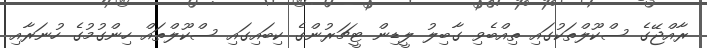
ރާއްޖޭގެ ސްކޫލްތަކުގައި ތިއްބެވި ގާބިލު ލީޑިން ޓީޗަރުންގެ ކިބައިގައި ސްކޫލްތައް ހިންގުމުގެ ހުނަރާއި